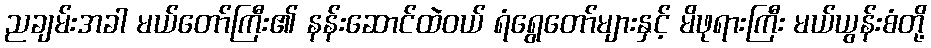
ညချမ်းအခါ မယ်တော်ကြီး၏ နန်းဆောင်ထဲဝယ် ရံရွေတော်များနှင့် မိဖုရားကြီး မယ်ယွန်းစံတို့